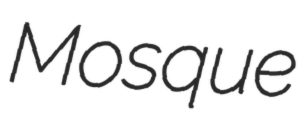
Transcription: Mosque